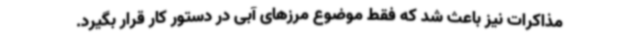
مذاکرات نیز باعث شد که فقط موضوع مرزهای آبی در دستور کار قرار بگیرد.